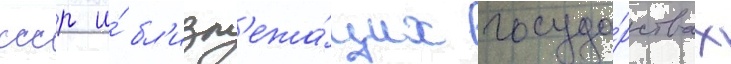
ссср и́ бл'изл'ежа́щих госуда́рствах